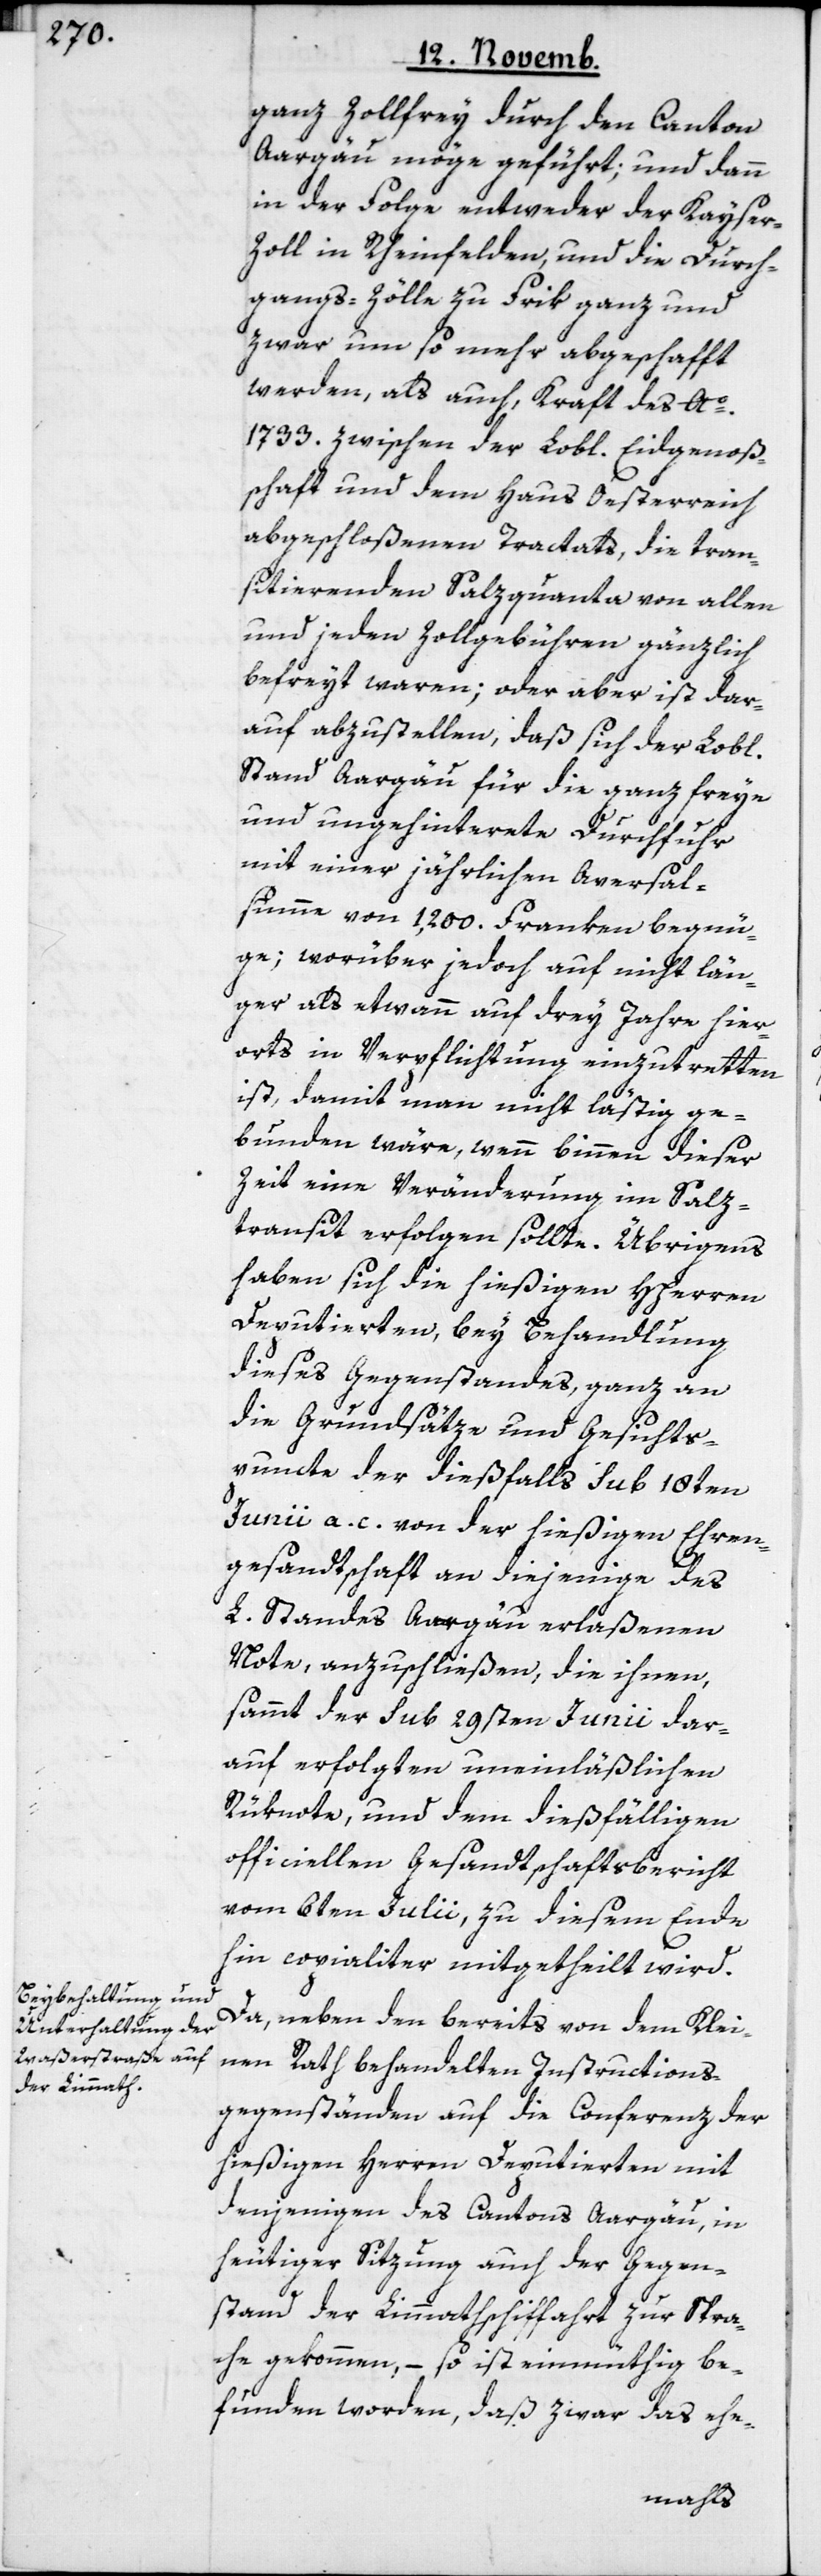
ganz zollfrey durch den Canton
Aargäu möge geführt; und dann
in der Folge entweder der Kayse¬
r-Zoll in Rheinfelden, und die Durch¬
gangs-Zölle zu Frik ganz und
zwar um so mehr abgeschafft
werden, als auch, Kraft des Ao.
1733. zwischen der Lobl. Eidgenoßen¬
schaft und dem Haus Oesterreich
abgeschloßenen Tractats, die tran¬
sitierenden Salzquanta von allen
und jeden Zollgebühren gänzlich
befreyt waren; oder aber ist dar¬
auf abzustellen, daß sich der Lobl.
Stand Aargäu für die ganz freye
und ungehinterete Durchfuhr
mit einer jährlichen Aversal¬
summe von 1,200. Franken begnü¬
ge; worüber jedoch auf nicht län¬
ger als etwann auf drey Jahre hier¬
orts in Verpflichtung einzutretten
ist, damit man nicht lästig ge¬
bunden wäre, wenn binnen dieser
Zeit eine Veränderung im Salz¬
transit erfolgen sollte. Übrigens
haben sich die hießigen HHerren
Deputierten, bey Behandlung
dieses Gegenstandes, ganz an
die Grundsätze und Gesichts¬
punkte der dießfalls sub 18ten
Junii a. c. von der hießigen Ehren¬
gsandtschaft an diejenige das
L. Standes Aargäu erlaßenen
Note, anzuschließen, die ihnen,
sammt der sub 29sten Junii dar¬
auf erfolgten uneinläßlichen
Rüknote, und dem dießfälligen
officiellen Gesandtschaftsbericht
vom 6ten Julii, zu diesem Ende
hin copialiter mitgetheilt wird.
Da, neben den bereits von dem Klei¬
nen Rath behandelten Instructions¬
gegenständen auf die Conferenz der
hießigen Herren Deputierten mit
denjenigen des Cantons Aargäu, in
heutiger Sitzung auch der Gegen¬
stand der Limmathschiffahrt zur Spra¬
che gekommen, – so ist einmüthig be¬
funden worden, daß zwar das ehe-